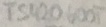
Text: TS420600T